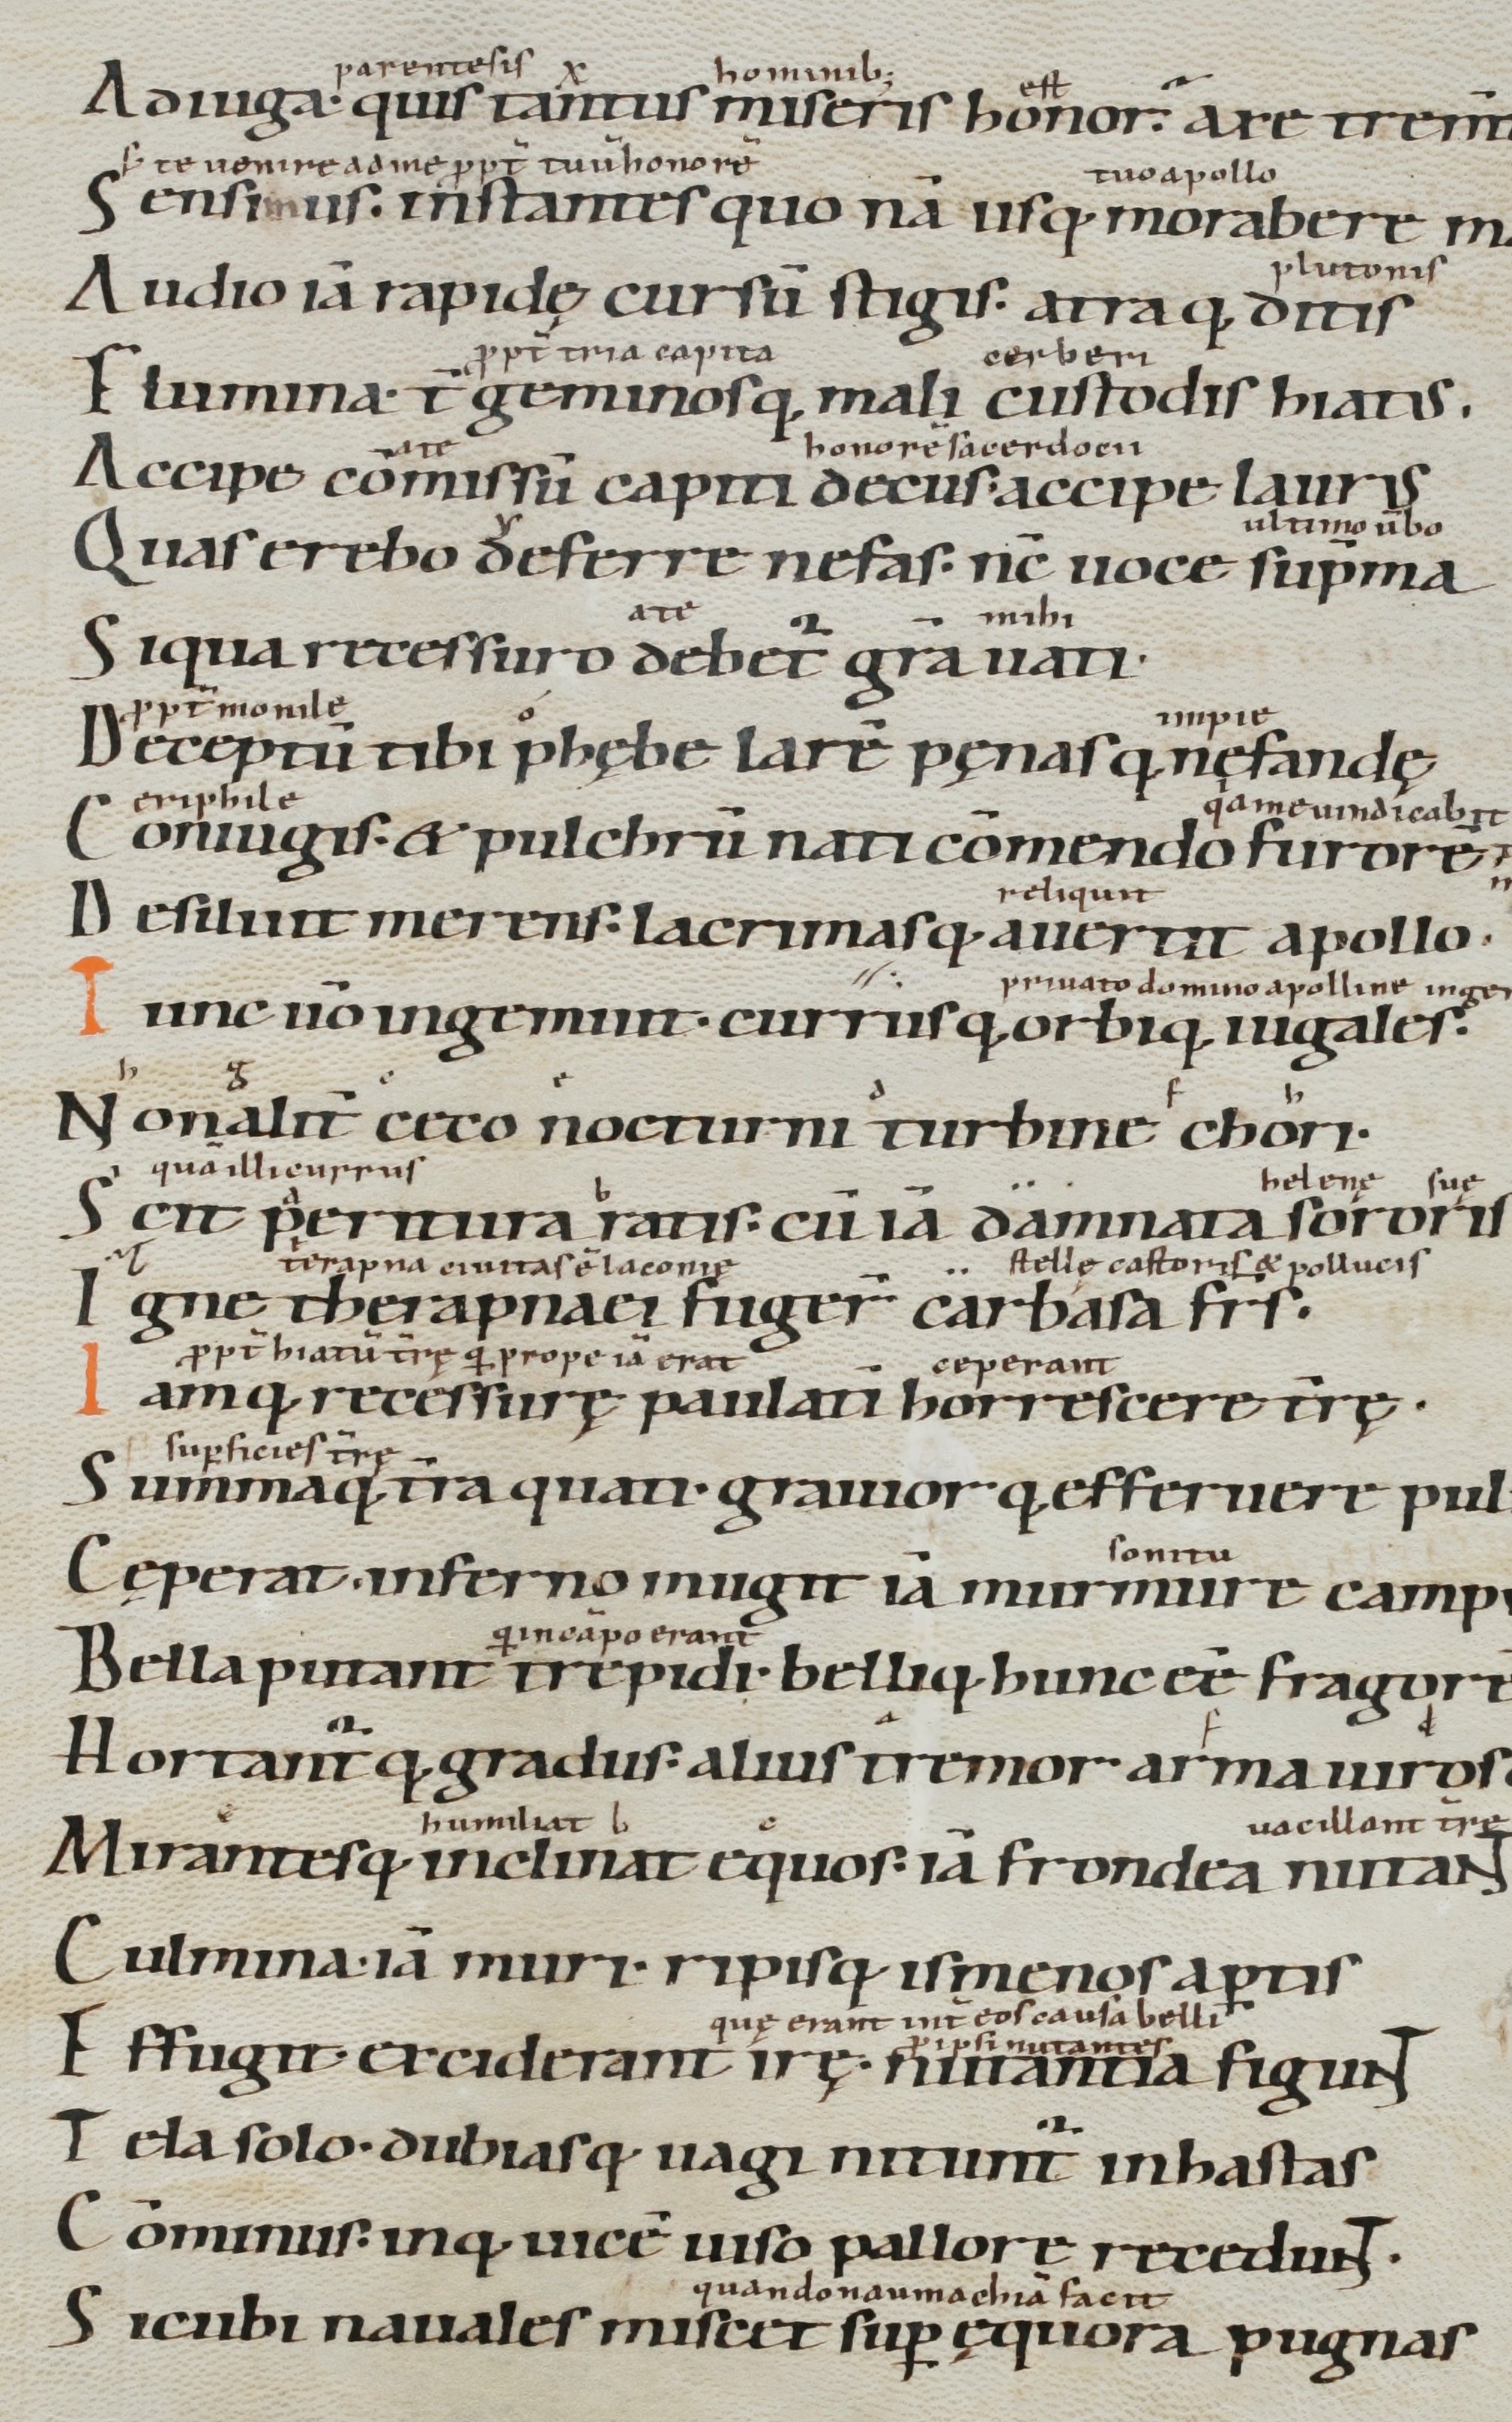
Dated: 900–1199